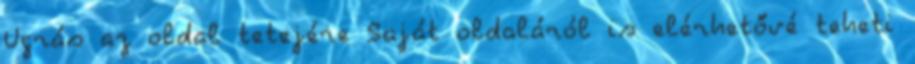
Ugrás az oldal tetejére Saját oldaláról is elérhetővé teheti